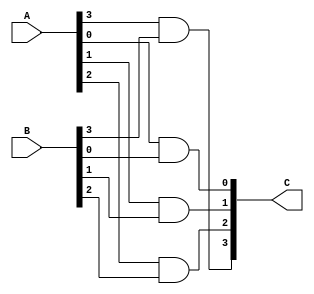
module MyAnd2b4(
    input wire [3:0] A,
    input wire [3:0] B,
    output wire [3:0] C
);

    assign C[0] = A[0] & B[0];
    assign C[1] = A[1] & B[1];
    assign C[2] = A[2] & B[2];
    assign C[3] = A[3] & B[3];

endmodule